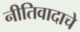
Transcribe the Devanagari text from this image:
नीतिवादाचे